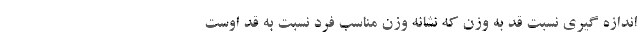
اندازه گیری نسبت قد به وزن که نشانه وزن مناسب فرد نسبت به قد اوست